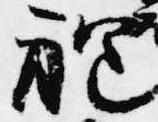
袍